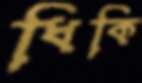
ধিকি